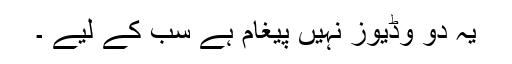
یہ دو وڈیوز نہیں پیغام ہے سب کے لیے ۔